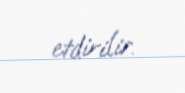
etdirilir.